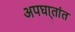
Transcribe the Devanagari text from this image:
अपघा्तांत